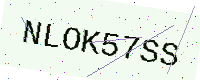
Text: NLOK57SS